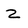
Character: z